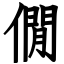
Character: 僩